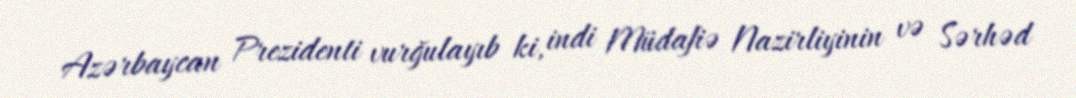
Azərbaycan Prezidenti vurğulayıb ki, indi Müdafiə Nazirliyinin və Sərhəd